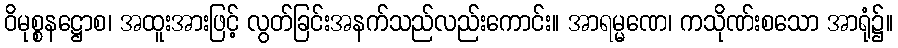
ဝိမုစ္စနဋ္ဌောစ၊ အထူးအားဖြင့် လွတ်ခြင်းအနက်သည်လည်းကောင်း။ အာရမ္မဏေ၊ ကသိုဏ်းစသော အာရုံ၌။